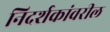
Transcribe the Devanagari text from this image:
निदर्शकांवरील